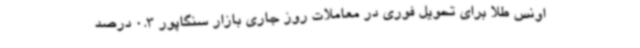
اونس طلا برای تحویل فوری در معاملات روز جاری بازار سنگاپور 0.3 درصد